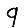
Digit: 9